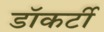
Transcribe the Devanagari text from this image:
डॉकर्टी